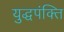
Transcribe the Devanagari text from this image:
युद्धपंक्ति